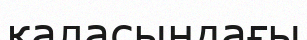
қаласыңдағы